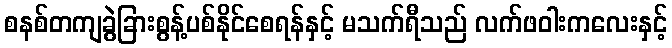
စနစ်တကျခွဲခြားစွန့်ပစ်နိုင်စေရန်နှင့် မသက်ရီသည် လက်ဖဝါးကလေးနှင့်